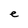
Character: e